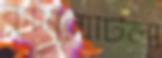
কুমিল্লাটিলা